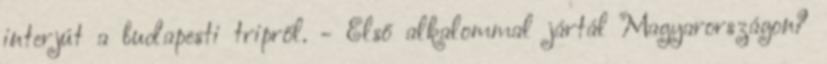
interjút a budapesti tripről. - Első alkalommal jártál Magyarországon?